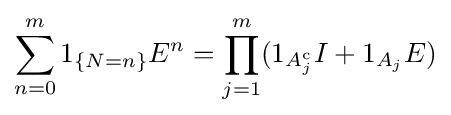
\sum _{n=0}^{m}1_{\{N=n\}}E^{n}=\prod _{j=1}^{m}(1_{A_{j}^{\mathrm {c} }}I+1_{A_{j}}E)